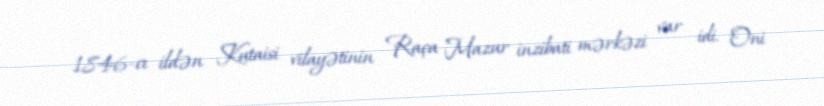
1846-cı ildən Kutaisi vilayətinin Raça Mazur inzibati mərkəzi var idi. Oni